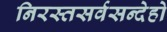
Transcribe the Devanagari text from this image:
निरस्तसर्वसन्देहो